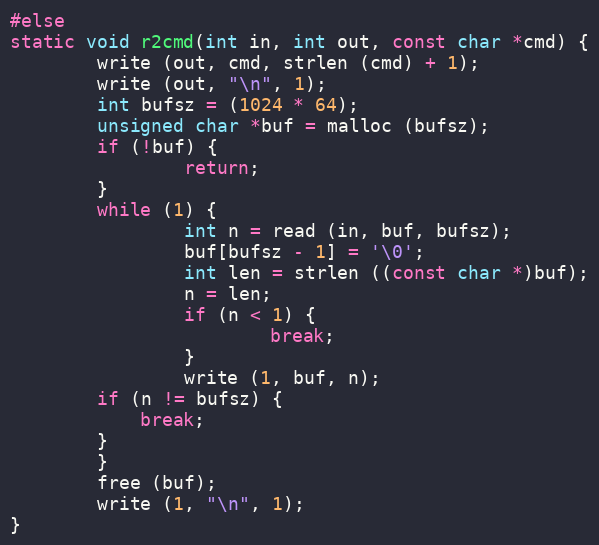
Language: C
#else
static void r2cmd(int in, int out, const char *cmd) {
        write (out, cmd, strlen (cmd) + 1);
        write (out, "\n", 1);
        int bufsz = (1024 * 64);
        unsigned char *buf = malloc (bufsz);
        if (!buf) {
                return;
        }
        while (1) {
                int n = read (in, buf, bufsz);
				buf[bufsz - 1] = '\0';
                int len = strlen ((const char *)buf);
                n = len;
                if (n < 1) {
                        break;
                }
                write (1, buf, n);
		if (n != bufsz) {
			break;
		}
        }
        free (buf);
        write (1, "\n", 1);
}